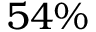
5 4 \%